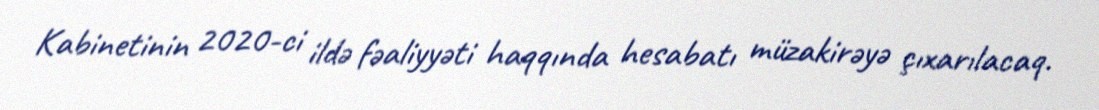
Kabinetinin 2020-ci ildə fəaliyyəti haqqında hesabatı müzakirəyə çıxarılacaq.